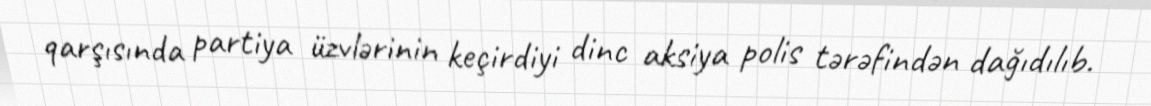
qarşısında partiya üzvlərinin keçirdiyi dinc aksiya polis tərəfindən dağıdılıb.